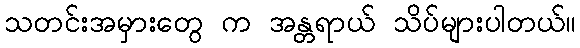
သတင်းအမှားတွေ က အန္တရာယ် သိပ်များပါတယ်။